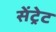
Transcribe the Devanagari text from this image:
सेंट्रेट